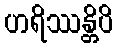
ဟရိဿန္တိပိ